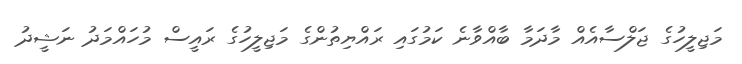
މަޖިލީހުގެ ޖަލްސާއެއް މާދަމާ ބާއްވާނެ ކަމުގައި ރައްޔިތުންގެ މަޖިލީހުގެ ރައީސް މުހައްމަދު ނަޝީދު